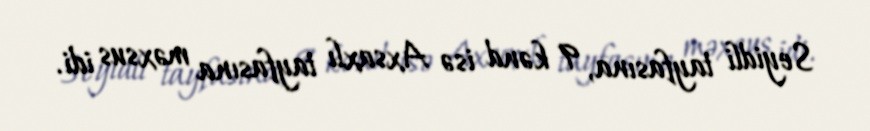
Seyidli tayfasına, 9 kənd isə Axsaxlı tayfasına məxsus idi.